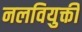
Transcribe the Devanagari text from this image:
नलवियुक्ती